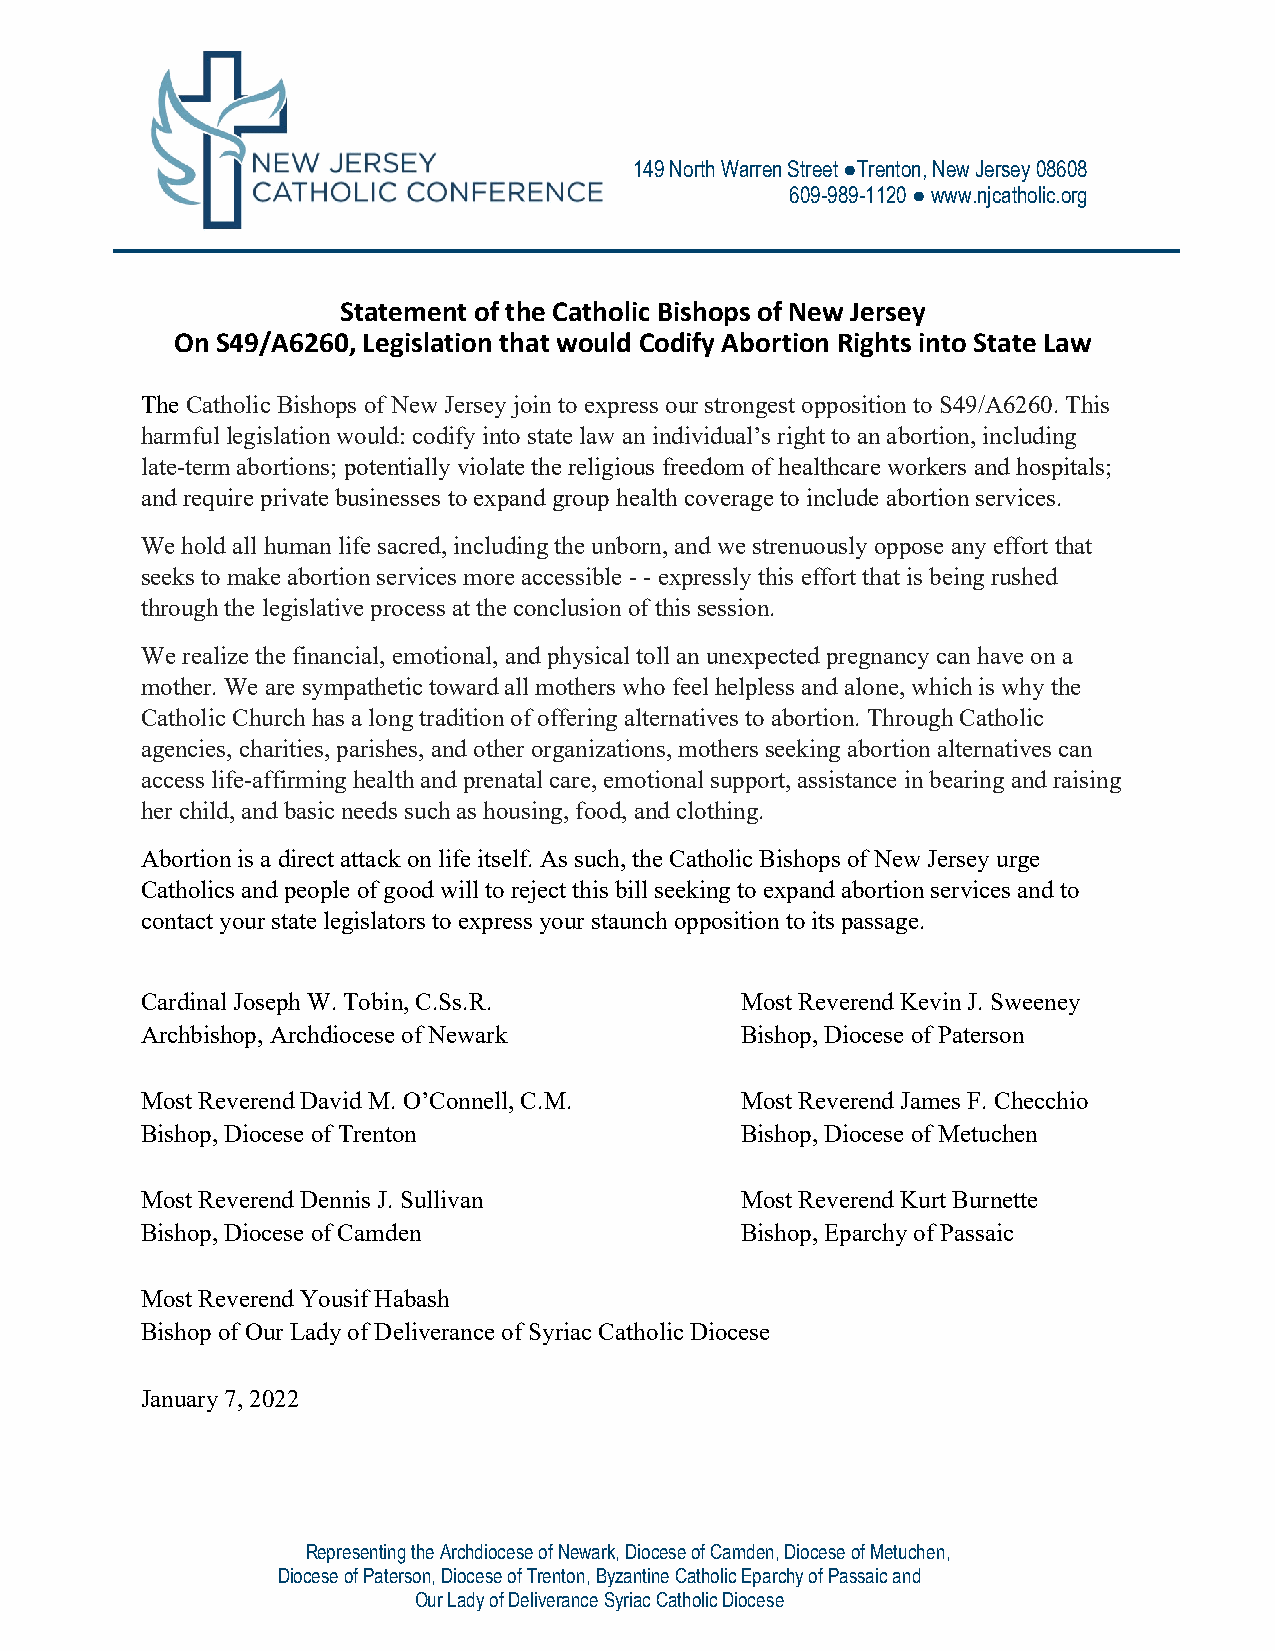
149 North Warren Street ●Trenton, New Jersey 08608
 609-989-1120 ● www.njcatholic.org
 Statement of the Catholic Bishops of New Jersey
 On S49/A6260, Legislation that would Codify Abortion Rights into State Law
 The Catholic Bishops of New Jersey join to express our strongest opposition to S49/A6260. This
 harmful legislation would: codify into state law an individual’s right to an abortion, including
 late-term abortions; potentially violate the religious freedom of healthcare workers and hospitals;
 and require private businesses to expand group health coverage to include abortion services.
 We hold all human life sacred, including the unborn, and we strenuously oppose any effort that
 seeks to make abortion services more accessible - - expressly this effort that is being rushed
 through the legislative process at the conclusion of this session.
 We realize the financial, emotional, and physical toll an unexpected pregnancy can have on a
 mother. We are sympathetic toward all mothers who feel helpless and alone, which is why the
 Catholic Church has a long tradition of offering alternatives to abortion. Through Catholic
 agencies, charities, parishes, and other organizations, mothers seeking abortion alternatives can
 access life-affirming health and prenatal care, emotional support, assistance in bearing and raising
 her child, and basic needs such as housing, food, and clothing.
 Abortion is a direct attack on life itself. As such, the Catholic Bishops of New Jersey urge
 Catholics and people of good will to reject this bill seeking to expand abortion services and to
 contact your state legislators to express your staunch opposition to its passage.
 Cardinal Joseph W. Tobin, C.Ss.R.       Most Reverend Kevin J. Sweeney
 Archbishop, Archdiocese of Newark       Bishop, Diocese of Paterson
 Most Reverend David M. O’Connell, C.M.  Most Reverend James F. Checchio
 Bishop, Diocese of Trenton              Bishop, Diocese of Metuchen
 Most Reverend Dennis J. Sullivan        Most Reverend Kurt Burnette
 Bishop, Diocese of Camden               Bishop, Eparchy of Passaic
 Most Reverend Yousif Habash
 Bishop of Our Lady of Deliverance of Syriac Catholic Diocese
 January 7, 2022
 Representing the Archdiocese of Newark, Diocese of Camden, Diocese of Metuchen,
 Diocese of Paterson, Diocese of Trenton, Byzantine Catholic Eparchy of Passaic and
 Our Lady of Deliverance Syriac Catholic Diocese